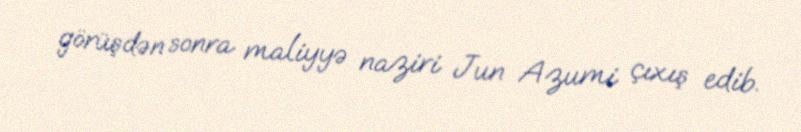
görüşdən sonra maliyyə naziri Jun Azumi çıxış edib.